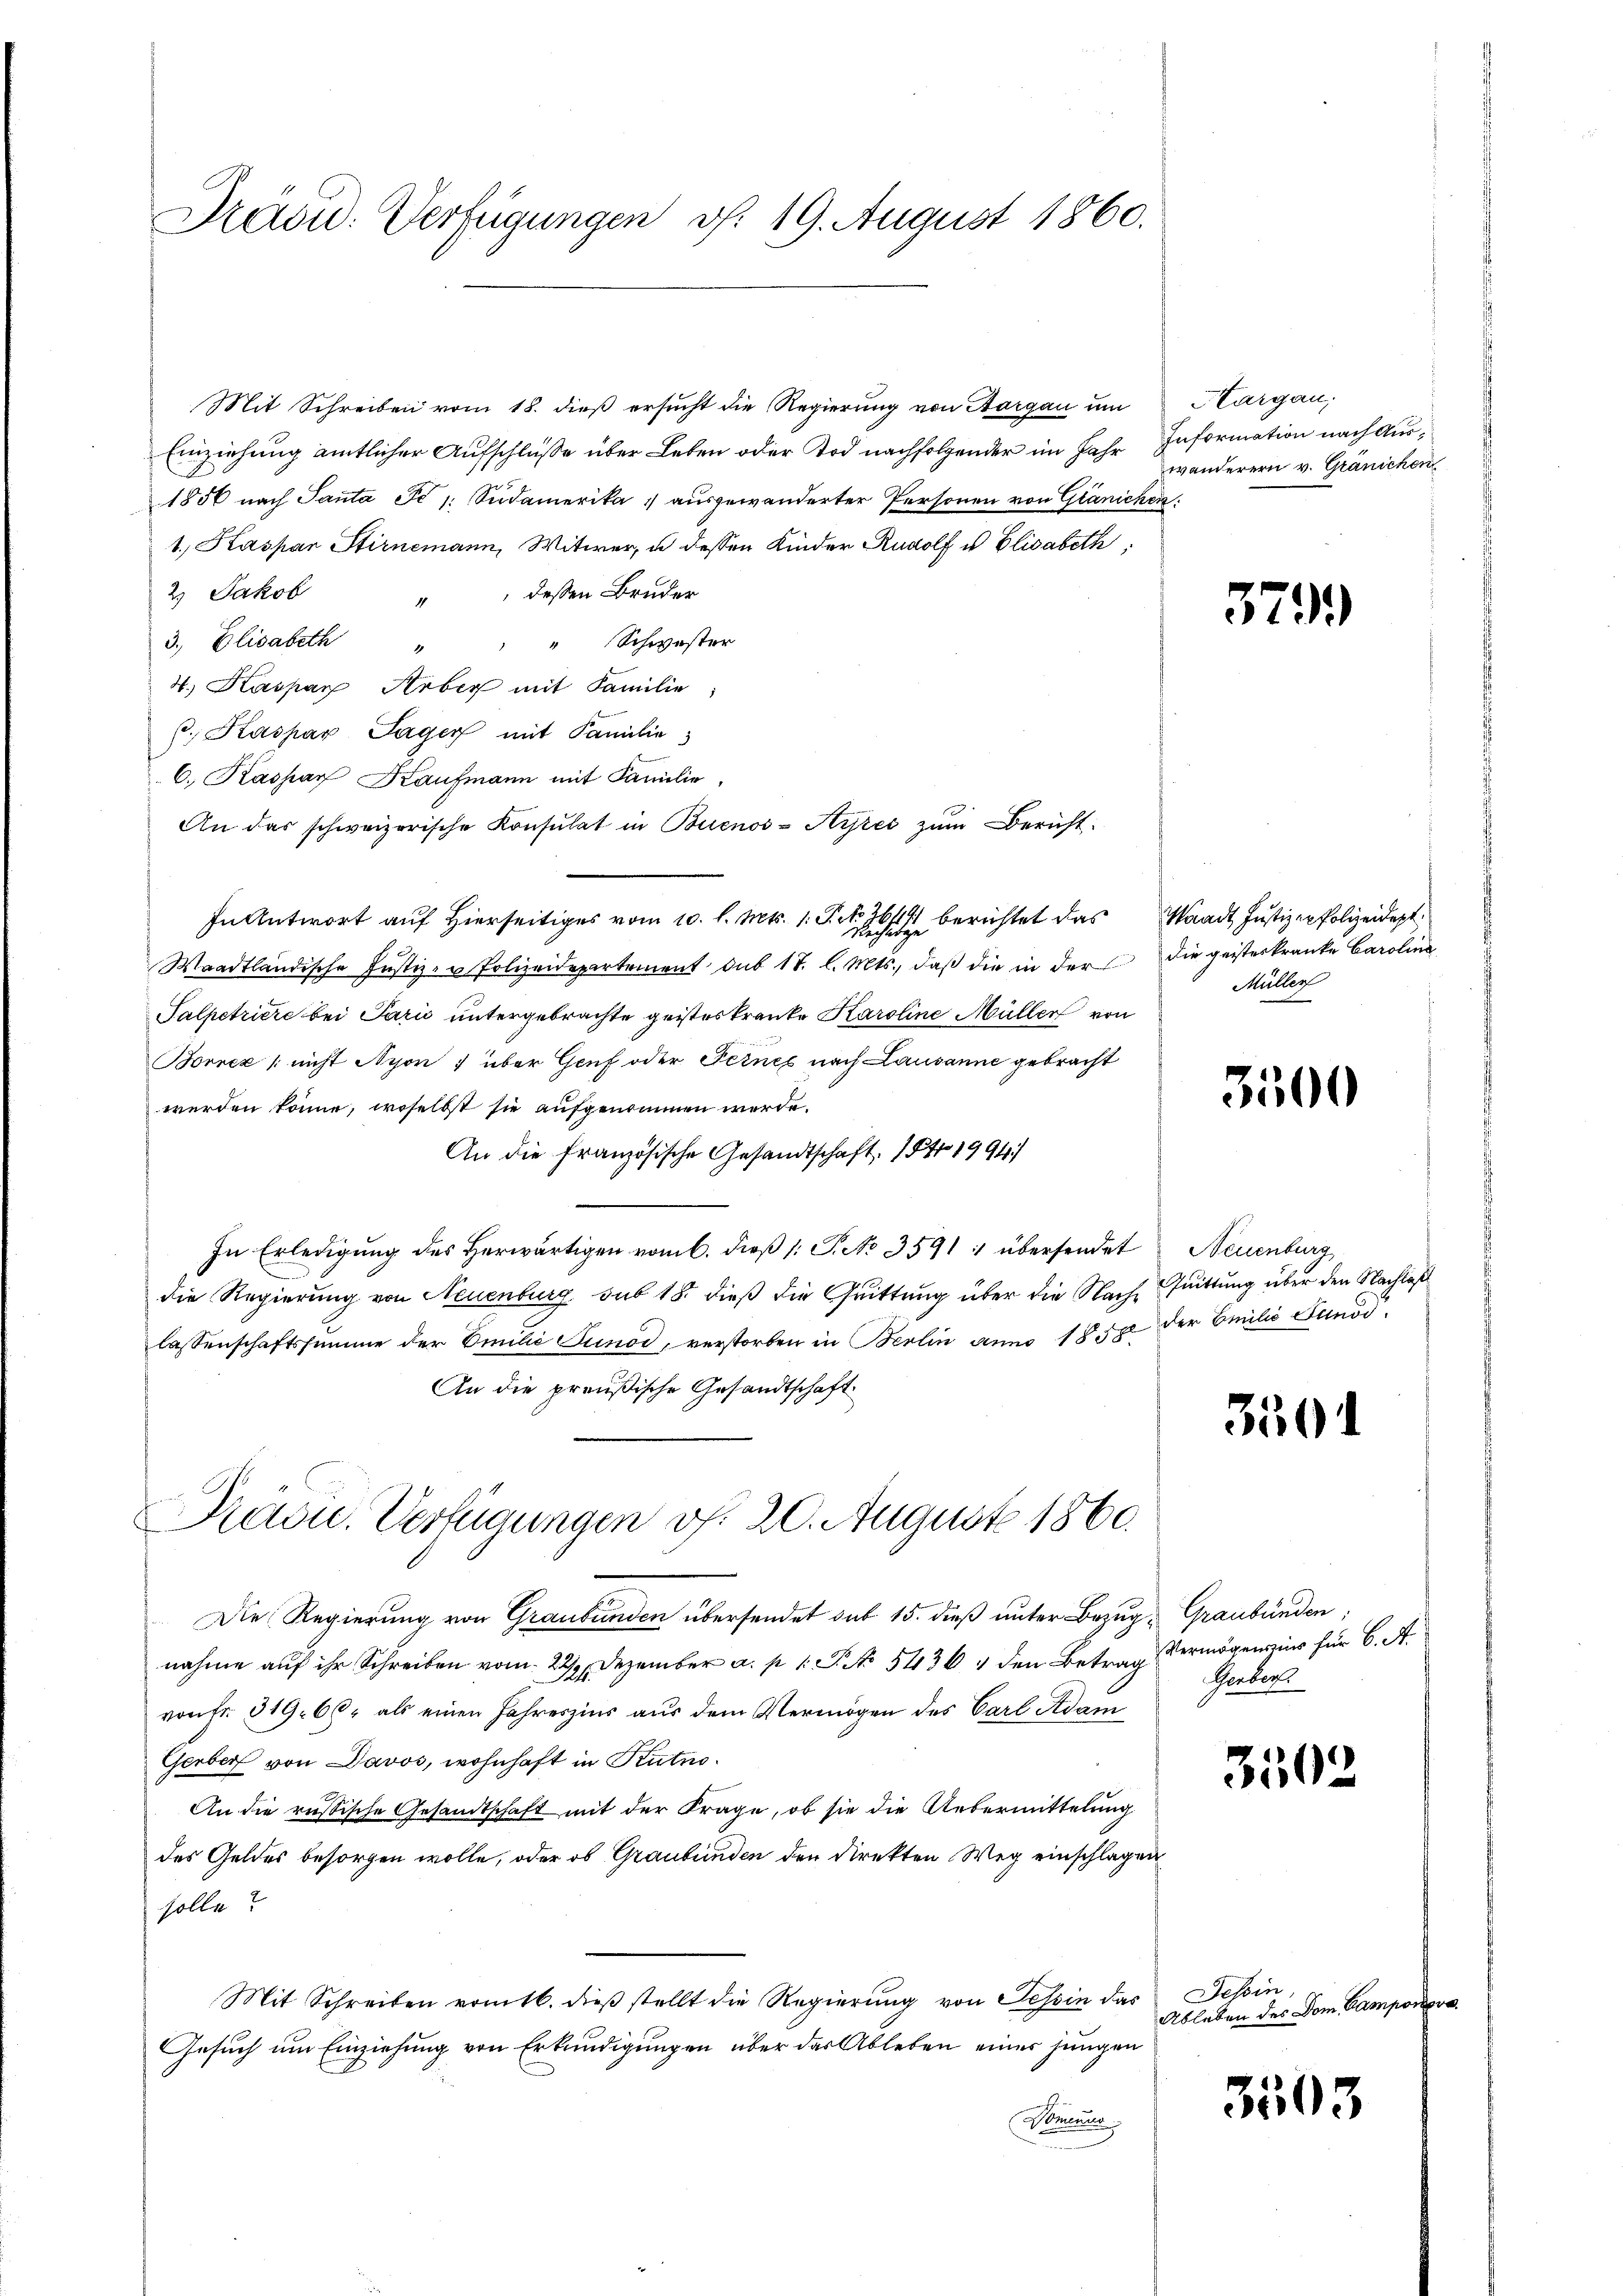
Präsid. Verfügungen v. 19. August 1860.

Einziehung amtlicher Aufschlüße über Leben oder Tod nachfolgender im Jahr Information nach Aus¬
1856 nach Panta Fe 1: Südamerika ausgewanderter Personen von Glänichen:
1. Kaspar Stirnemann, Witwer, u dessen Kinder Rudolf u Elisabeth,
dessen Bruder
2.) Jakob
4
3., Elisabeth " " " Schwester
4. Kaspar Arber mit Familie;
C. Kaspar Sager mit Familie
C. Kaspar Kaufmann mit Familie,
An das schweizerische Konsulat in Buenos-Ayres zŭm Bericht.
In Antwort auf Hierseitiges vom 10. l. Mts. 1. J. No. 361 berichtet das
Waadtländische Justiz- u Polizeidepartement sub 17. l. Mts., daß die in der
Talpetriere bei Paris untergebrachte geisteskranke Karoline Müller von
i
Bornez /: nicht Nyon ) über Genf oder Fernes nach Lausanne gebracht
werden könne, woselbst sie aufgenommen werde.
An die französische Gesandtschaft 1 5to 1994/
In Erledigung des Herwärtigen vom 6. dieß (: P. No 3591 : übersendet Neuenburg
die Regierung von Neuenburg sub 18 dieß die Quittung über die Nach Quittung über den Nachlaß
lassenschaftssumme der Emilie Junod, verstorben in Berlin anno 1858 der Emilie Stund
An die preußische Gesandtschaft

Prätou. Verfügungen vf. 20. August 1860.

Mit Schreiben vom 18. dieß ersucht die Regierung von Aargau um Aargau,

wanderern v. Gränichen

Die Regierung von Graubünden übersendet sub 15. dieß unter Bezug - Graubünden;
nahme aŭf ihr Schreiben vom 22. Dezember a. p. 1. P. Nr. 54364 den Betrag vermögensis für 6. A.
von Fr. 319. 66, als einen Jahreszins aus dem Vermögen des Carl Adam
Gerber von Davos, wohnhaft in Rutno¬
An die russische Gesandtschaft mit der Frage, ob sie die Uebermittelung
des Geldes besorgen wolle, oder ob Graubünden den Direkten Weg einschlagen
solle?
Mit Schreiben vom 16. dieβ stellt die Regierŭng von Tessin das Tessin,
Gesuch um Einziehung von Erkundigungen über das Ableben einer jungen
Normenun

3791

Waadt Justiz er Polizeidept.
die geisteskranke Carolina
Müller

3500

301

Gerber.

3502

Ableben des Dom Gampon

3505